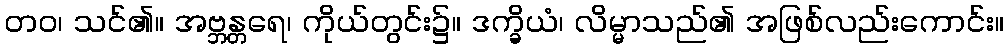
တဝ၊ သင်၏။ အဗ္ဘန္တရေ၊ ကိုယ်တွင်း၌။ ဒက္ခိယံ၊ လိမ္မာသည်၏ အဖြစ်လည်းကောင်း။